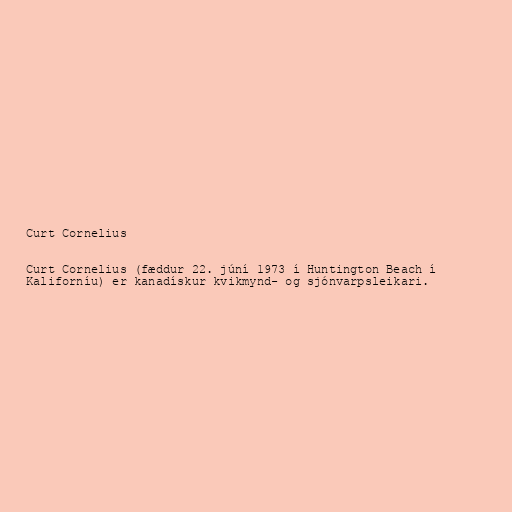
Curt Cornelius

Curt Cornelius (fæddur 22. júní 1973 í Huntington Beach í
Kaliforníu) er kanadískur kvikmynd- og sjónvarpsleikari.